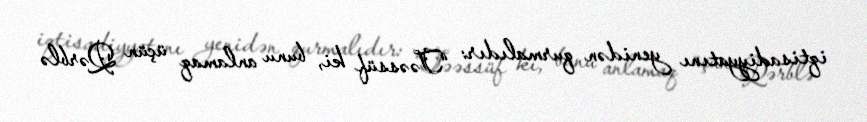
iqtisadiyyatını yenidən qurmalıdır: “Təəssüf ki, bunu anlamaq üçün Qərblə